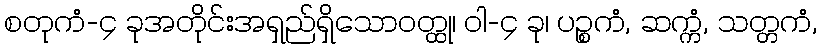
စတုကံ-၄ ခုအတိုင်းအရှည်ရှိသောဝတ္ထု၊ ဝါ-၄ ခု၊ ပဉ္စကံ, ဆက္ကံ, သတ္တကံ,